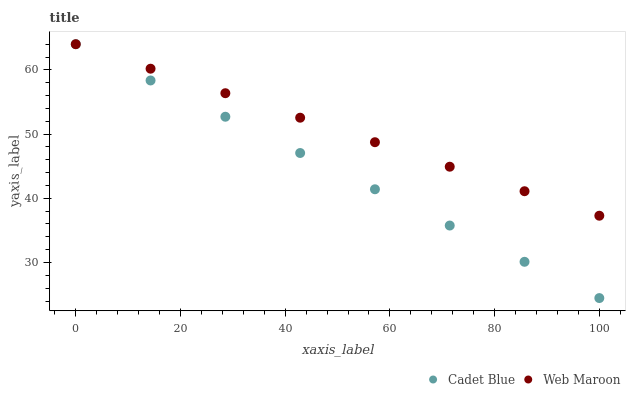
| xaxis_label | Cadet Blue | Web Maroon |
 | --- | --- | --- |
 | 0 | 64 | 64 |
 | 14.3 | 58.4 | 60.2 |
 | 28.6 | 52.7 | 56.4 |
 | 42.9 | 47.1 | 52.6 |
 | 57.1 | 41.4 | 48.7 |
 | 71.4 | 35.8 | 44.9 |
 | 85.7 | 30.1 | 41.1 |
 | 100 | 24.5 | 37.3 |